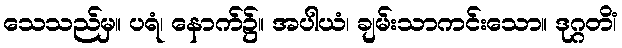
သေသည်မှ။ ပရံ၊ နောက်၌။ အပါယံ၊ ချမ်းသာကင်းသော။ ဒုဂ္ဂတိံ၊